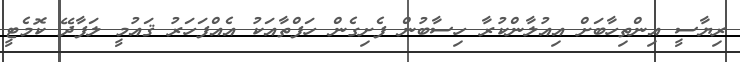
ރިޔާސީ އިންތިހާބަށް އިއުލާންކުރާ ހިސާބުން ފެށިގެން ހަފްތާއަކު އެއްފަހަރު ޤައުމީ ލަފާދޭ ކޮމެޓީ